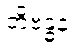
တိဗန္ဓနံ